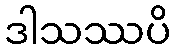
ဒါသဿပိ